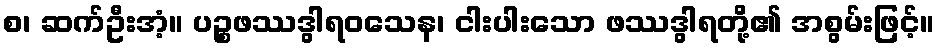
စ၊ ဆက်ဦးအံ့။ ပဉ္စဖဿဒွါရဝသေန၊ ငါးပါးသော ဖဿဒွါရတို့၏ အစွမ်းဖြင့်။